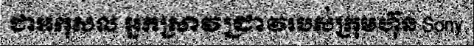
ជាអកុសល អ្នកស្រាវជ្រាវរបស់ក្រុមហ៊ុន Sony